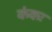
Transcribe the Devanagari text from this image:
कंकः